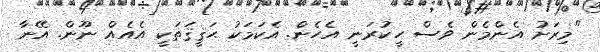
"މިރަށު އެންމެން ވެސް ހީކުރަނީ އެހެން. އެކަމަކު ޙަޤީޤަތަކީ އެއެއް ނޫން. އޭނާ